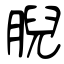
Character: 腉